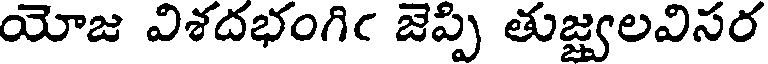
యోజ విశదభంగిఁ జెప్పి తుజ్వలవిసర